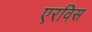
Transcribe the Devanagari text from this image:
एरविस